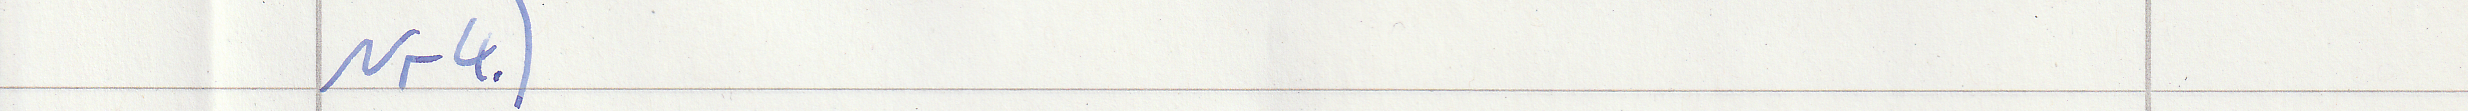
Nr4.)